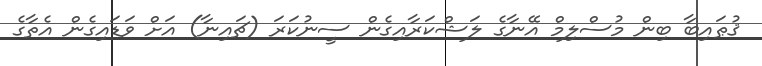
ޤުޠައިބާ ބިން މުސްލިމް އޭނާގެ ލަޝްކަރާއިގެން ސީނުކަރަ (ޗައިނާ) އަށް ވަޑައިގެން އެތާގެ